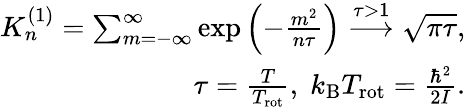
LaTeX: \begin{array}{r}{K_{n}^{(1)}=\sum_{m=-\infty}^{\infty}\exp\left(-\frac{m^{2}}{n\tau}\right)\overset{\tau>1}{\longrightarrow}\sqrt{\pi\tau},}\\ {\tau=\frac{T}{T_{\mathrm{rot}}},\; k_{\mathrm{B}}T_{\mathrm{rot}}=\frac{\hbar^{2}}{2I}.}\end{array}